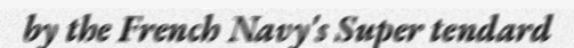
by the French Navy's Super tendard